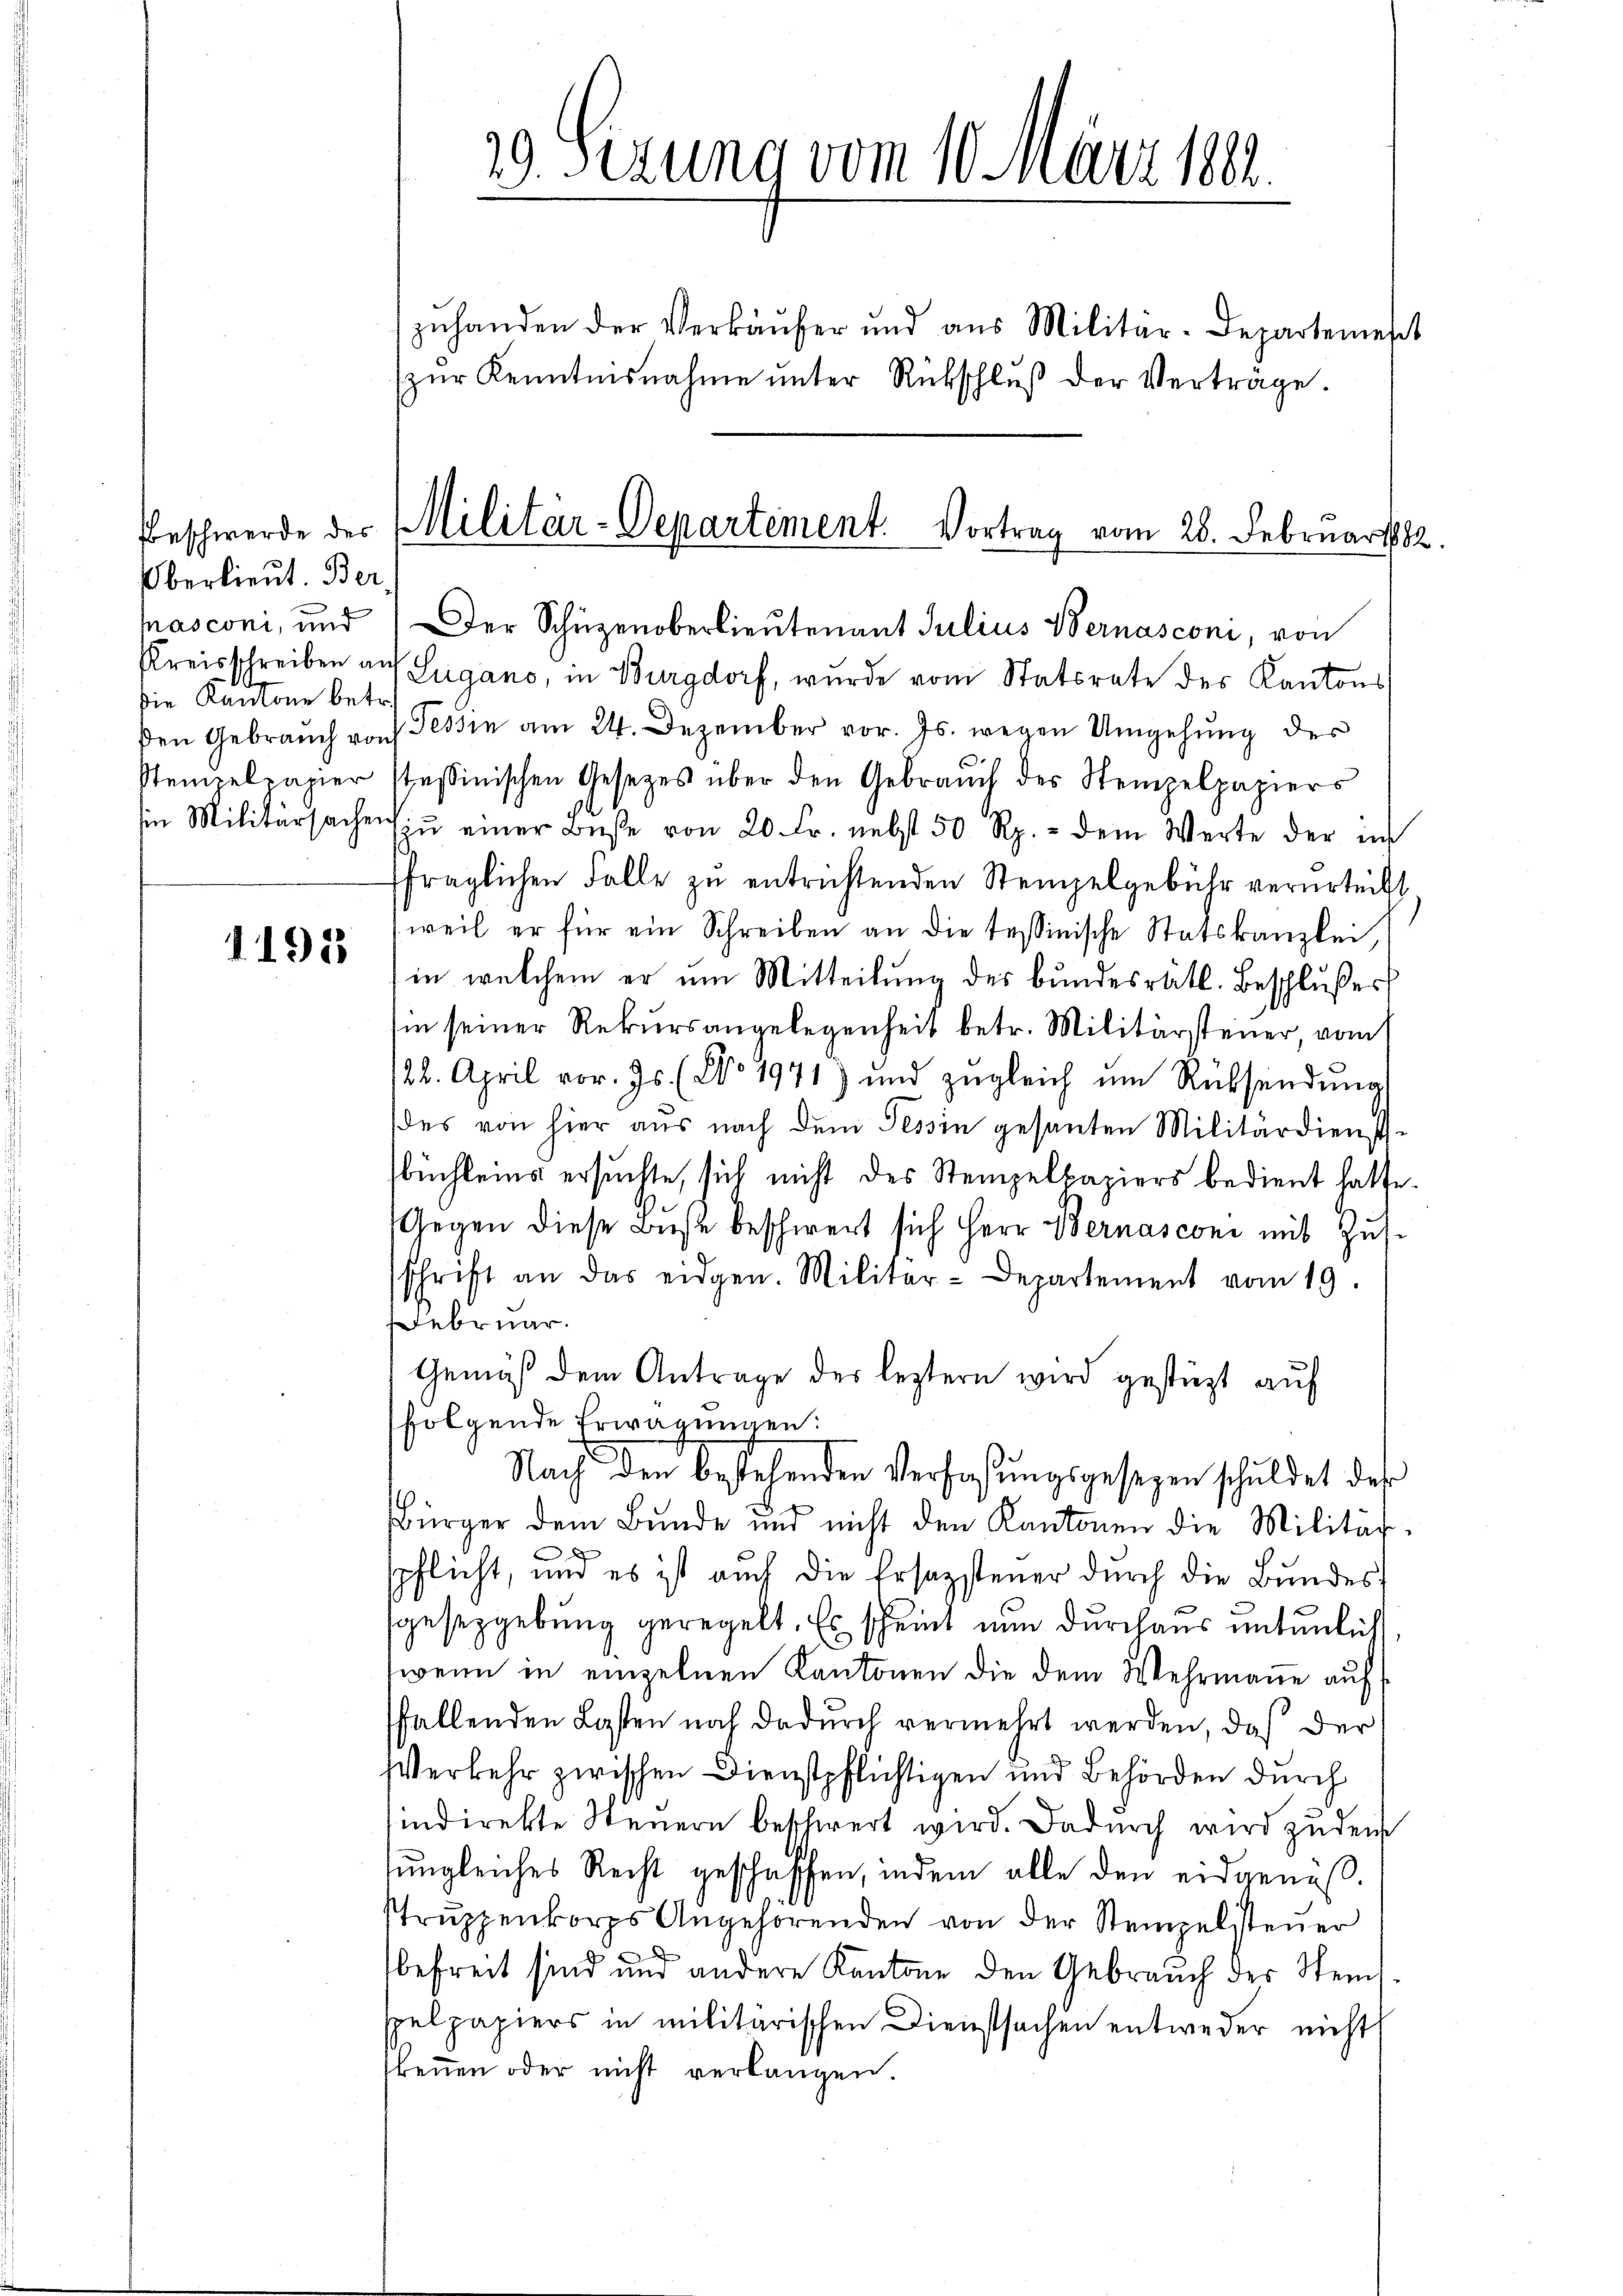
Oberlieut. Ber
pasconi, und
die Kantone betr.
Stempelpapier

1195

29. Sezung vom 10. März 1882.

zŭr Kenntnisnahme ŭnter Rückschlŭβ der Verträge.
Kreisschreiben auf Lugano, in Burgdorf, wurde vom Statsrate des Kantons
den Gebrauch von Tessin am 24. Dezember vor. Js. wegen Umgehung des
s
pessinischen Gesetzes über den Gebrauch des Stempelpapiers
in Militärsachen zŭ einer Bŭβe von 20 Fr. nebst 50 Rp. - dem Werte der in
ffraglichen Falle zu entrichtenden Stempelgebühr verurteilt.
weil er für ein Schreiben an die tessinische Statskanzlei,
in welchem er um Mitteilung des bundesrätl. Beschlußes
sin seiner Rekursangelegenheit betr. Militärsteuer, vom
122. April vor. Js. (No. 1971) und zŭgleich um Rücksendŭng
des von hier aus nach dem Tessin gesanten Militärdienst-
büchleins ersuchte, sich nicht des Stempelpapiers bedient hatte.
Gegen diese Bise beschwert sich Herr Bernasconi mit Zussschrift an das eidgen. Militär-Departement vom 19.
Februar.
Gemäß dem Antrage der leztern wird gestüzt auf
folgende Erwägungen:
Nach den bestehenden Verfaßungsgesezen schuldet der
Bürger dem Bunde und nicht den Kantonen die Militär-
spflicht, und es ist auch die Ersatzsteuer durch die Bundes
sgesetzgebung geregelt. Es scheint nun durchaus untenlich
wenn in einzelnen Kantonen die dem Wehrmanne auf
ffallenden Lasten noch dadurch vermehrt werden, daß der
Verkehr zwischen Dienstpflichtigen und Behörden durch
indirekte Steuern beschwert wird. Dadurch wird zudem
ungleiches Recht geschaffen, indem alle den eidgenoß¬
Strŭppenkorps Angehörenden von der Stempelsteŭer
x

befreit sind und andere Kantone den Gebrauch der Steinsspelpapiers in militärischen Dienstsachen entweder nicht
keṅen oder nicht verlangen.

zŭhanden der Verkäŭfer und aus Militär-Departemest

Beschwerde der Militär-Departement. Vortrag vom 28. Februar 1882
Der Schüzenoberlieutenant Julius Vernasconi, von